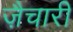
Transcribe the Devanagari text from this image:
ज़ैचारी